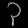
Digit: ၃